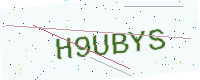
Text: H9UBYS